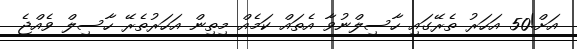
އަށް!50 އަހަރު ތެރޭގައި ހާސިލްނުވާ އެތައް ކަމެއް މިތިން އަހަރުތެރޭ ހާސިލް ވެއްޖެ